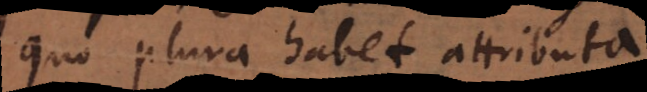
quo plura habet attributa.